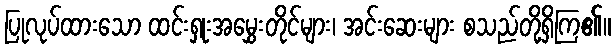
ပြုလုပ်ထားသော ထင်းရှုးအမွှေးတိုင်များ၊ အင်းဆေးများ စသည်တို့ရှိကြ၏။